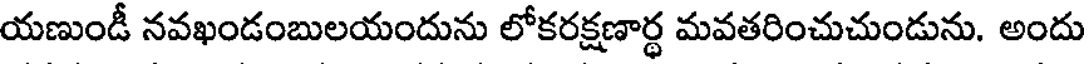
యణుండీ నవఖండంబులయందును లోకరక్షణార్థ మవతరించుచుండును. అందు